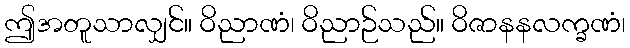
ဤအတူသာလျှင်။ ဝိညာဏံ၊ ဝိညာဉ်သည်။ ဝိဇာနနလက္ခဏံ၊